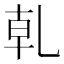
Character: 乹